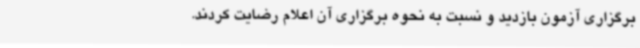
برگزاری آزمون بازدید و نسبت به نحوه برگزاری آن اعلام رضایت کردند.